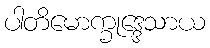
ပါတိမောက္ခုဒ္ဒေသာယ